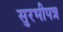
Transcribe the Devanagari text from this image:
सुरभीपत्र